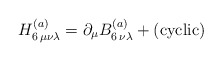
\begin{align*}H^{(a)}_{6\,\mu\nu\lambda} = \partial_\mu B^{(a)}_{6\,\nu\lambda} + ({\rm cyclic})\end{align*}